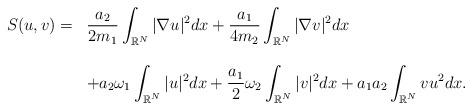
LaTeX: \begin{align*}\left.\begin{array}{ll}S(u,v)=&\displaystyle\dfrac{a_2}{2m_1}\int_{\mathbb{R}^N}|\nabla u|^2dx+\dfrac{a_1}{4m_2}\int_{\mathbb{R}^N}|\nabla v|^2dx\\\\&\displaystyle+a_2\omega_1\int_{\mathbb{R}^N}|u|^2dx+\frac{a_1}{2}\omega_2\int_{\mathbb{R}^N}|v|^2dx+a_1a_2\int_{\mathbb{R}^N}vu^2dx.\end{array}\right.\end{align*}